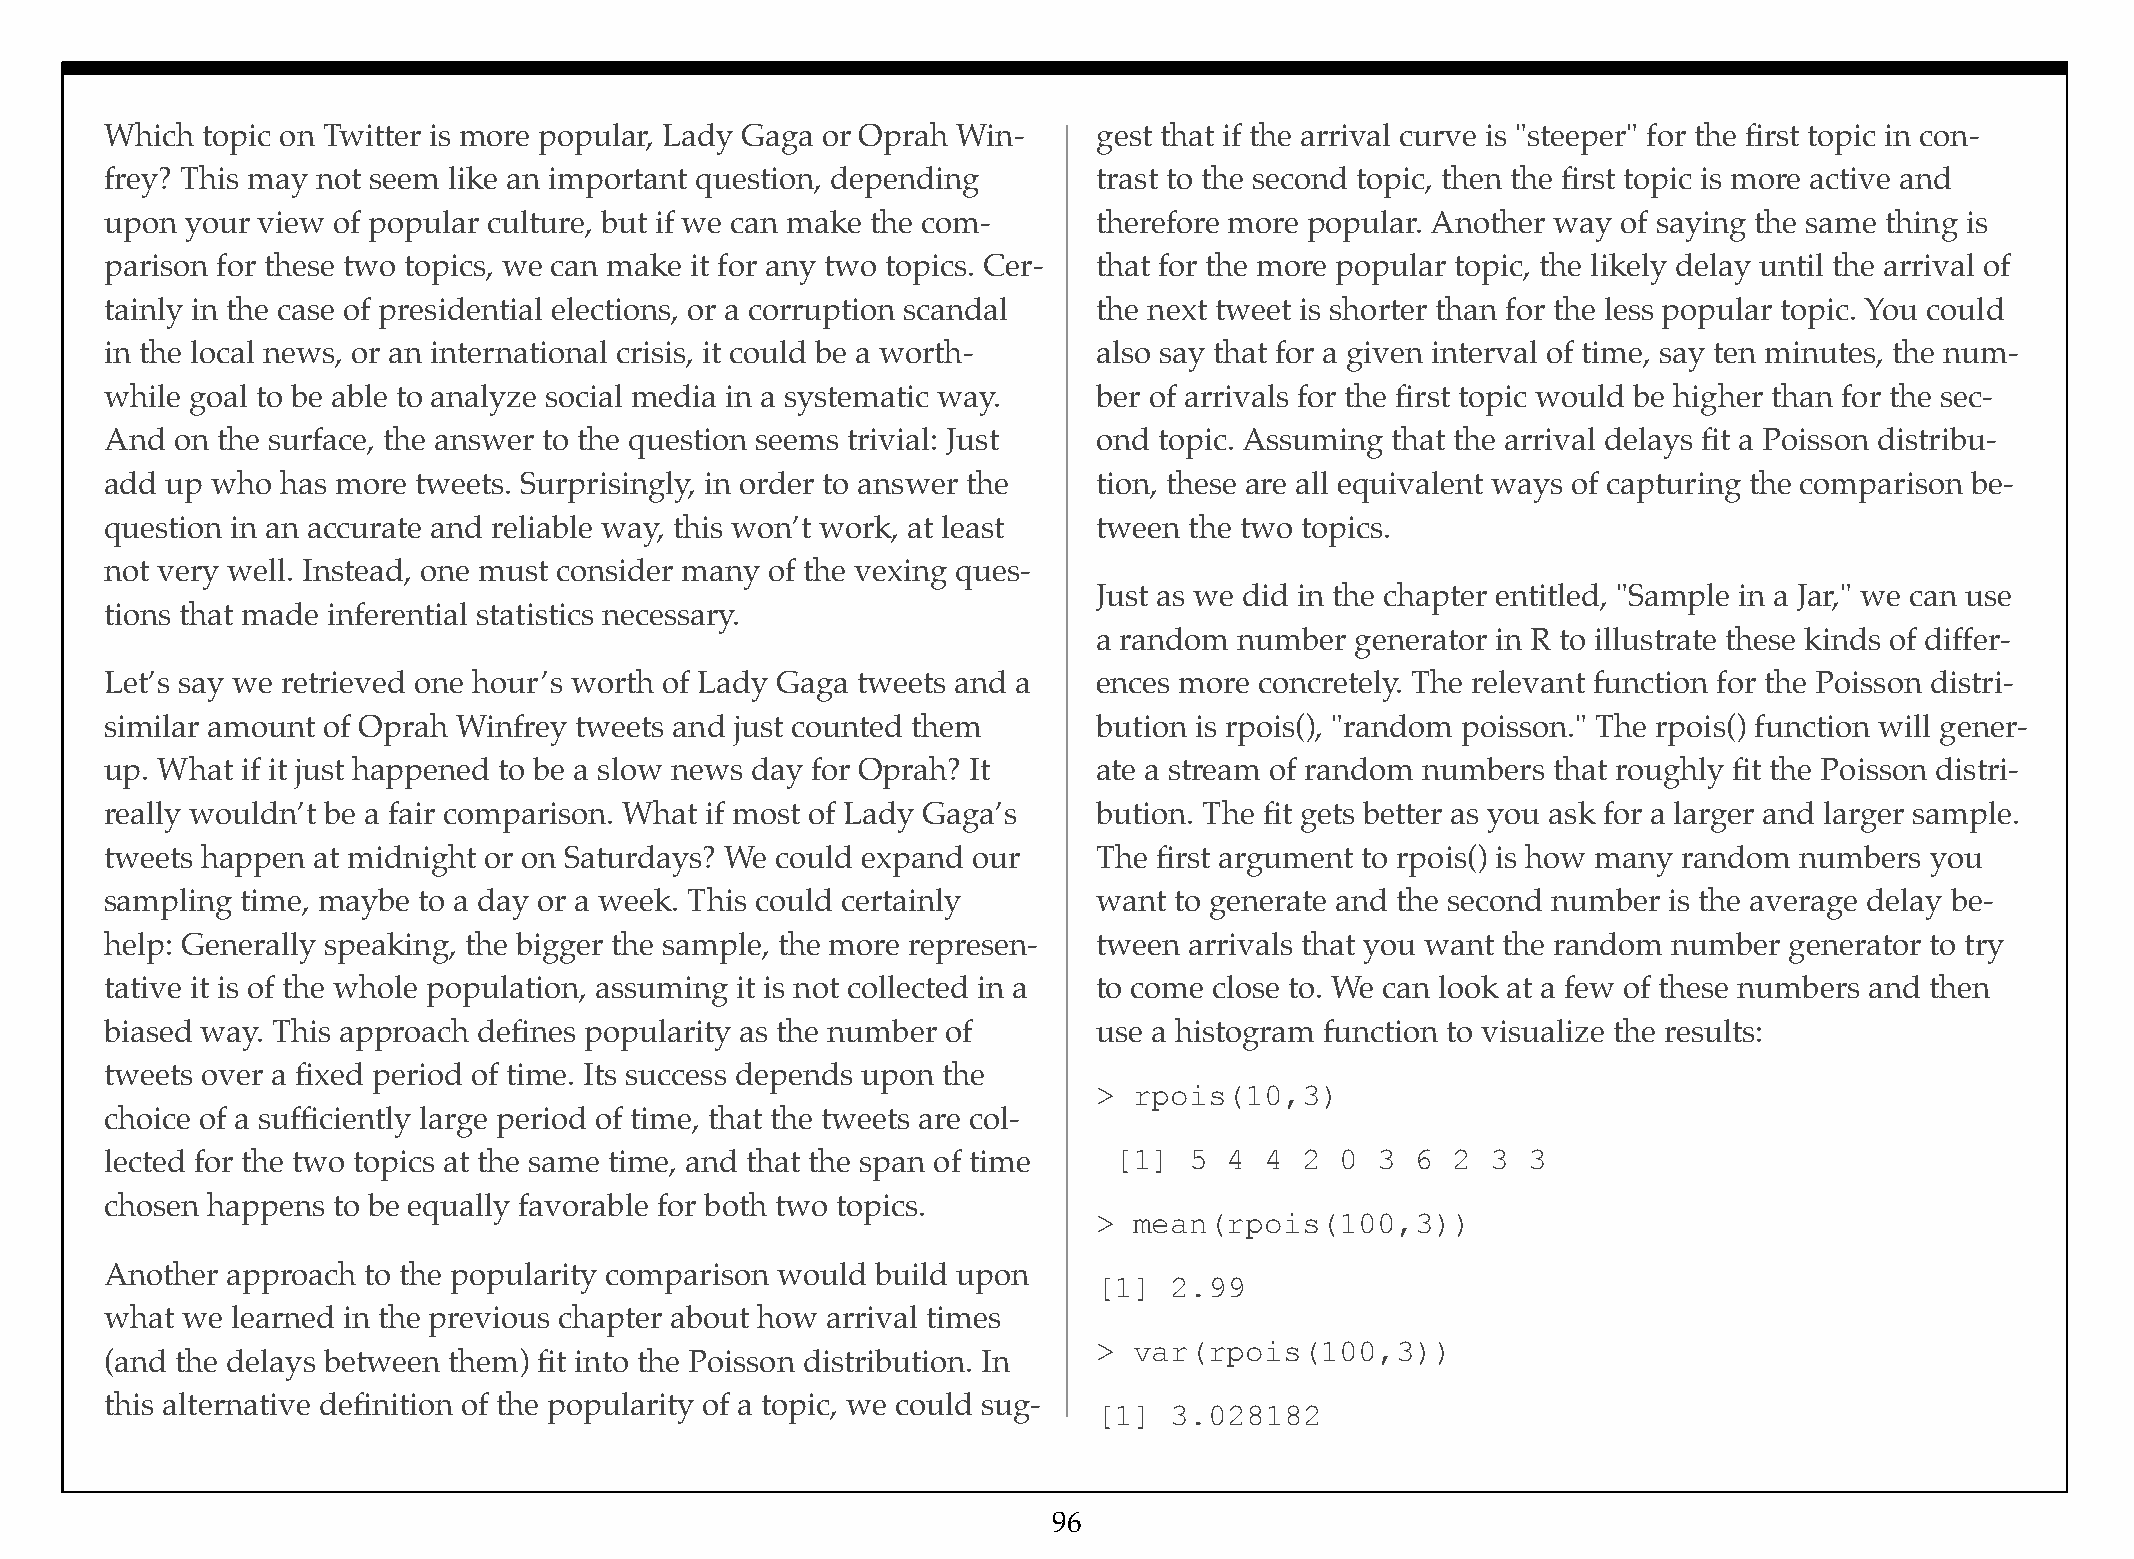
Which topic on Twitter is more popular, Lady Gaga or Oprah Win-   gest that if the arrival curve is "steeper" for the first topic in con-
 frey? This may not seem like an important question, depending     trast to the second topic, then the first topic is more active and
 upon your view of popular culture, but if we can make the com-    therefore more popular. Another way of saying the same thing is
 parison for these two topics, we can make it for any two topics. Cer- that for the more popular topic, the likely delay until the arrival of
 tainly in the case of presidential elections, or a corruption scandal the next tweet is shorter than for the less popular topic. You could
 in the local news, or an international crisis, it could be a worth- also say that for a given interval of time, say ten minutes, the num-
 while goal to be able to analyze social media in a systematic way. ber of arrivals for the first topic would be higher than for the sec-
 And on the surface, the answer to the question seems trivial: Just ond topic. Assuming that the arrival delays fit a Poisson distribu-
 add up who  has more tweets. Surprisingly, in order to answer the tion, these are all equivalent ways of capturing the comparison be-
 question in an accurate and reliable way, this won’t work, at least tween the two topics.
 not very well. Instead, one must consider many of the vexing ques-
 Just as we did in the chapter entitled, "Sample in a Jar," we can use
 tions that made inferential statistics necessary.
 a random number  generator in R to illustrate these kinds of differ-
 Let’s say we retrieved one hour’s worth of Lady Gaga tweets and a ences more concretely. The relevant function for the Poisson distri-
 similar amount of Oprah Winfrey tweets and just counted them      bution is rpois(), "random poisson." The rpois() function will gener-
 up. What if it just happened to be a slow news day for Oprah? It  ate a stream of random numbers that roughly fit the Poisson distri-
 really wouldn’t be a fair comparison. What if most of Lady Gaga’s bution. The fit gets better as you ask for a larger and larger sample.
 tweets happen at midnight or on Saturdays? We could expand our    The first argument to rpois() is how many random numbers you
 sampling time, maybe to a day or a week. This could certainly     want to generate and the second number is the average delay be-
 help: Generally speaking, the bigger the sample, the more represen- tween arrivals that you want the random number generator to try
 tative it is of the whole population, assuming it is not collected in a to come close to. We can look at a few of these numbers and then
 biased way. This approach defines popularity as the number of     use a histogram function to visualize the results:
 tweets over a fixed period of time. Its success depends upon the
 > rpois(10,3)
 choice of a sufficiently large period of time, that the tweets are col-
 lected for the two topics at the same time, and that the span of time [1] 5 4 4 2 0 3  6 2  3 3
 chosen happens to be equally favorable for both two topics.
 > mean(rpois(100,3))
 Another approach to the popularity comparison would build upon
 [1]  2.99
 what we learned in the previous chapter about how arrival times
 > var(rpois(100,3))
 (and the delays between them) fit into the Poisson distribution. In
 this alternative definition of the popularity of a topic, we could sug-
 [1]  3.028182
 96